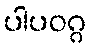
ပါပဝဂ္ဂ